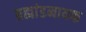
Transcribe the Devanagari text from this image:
ब्रह्मांडनायक